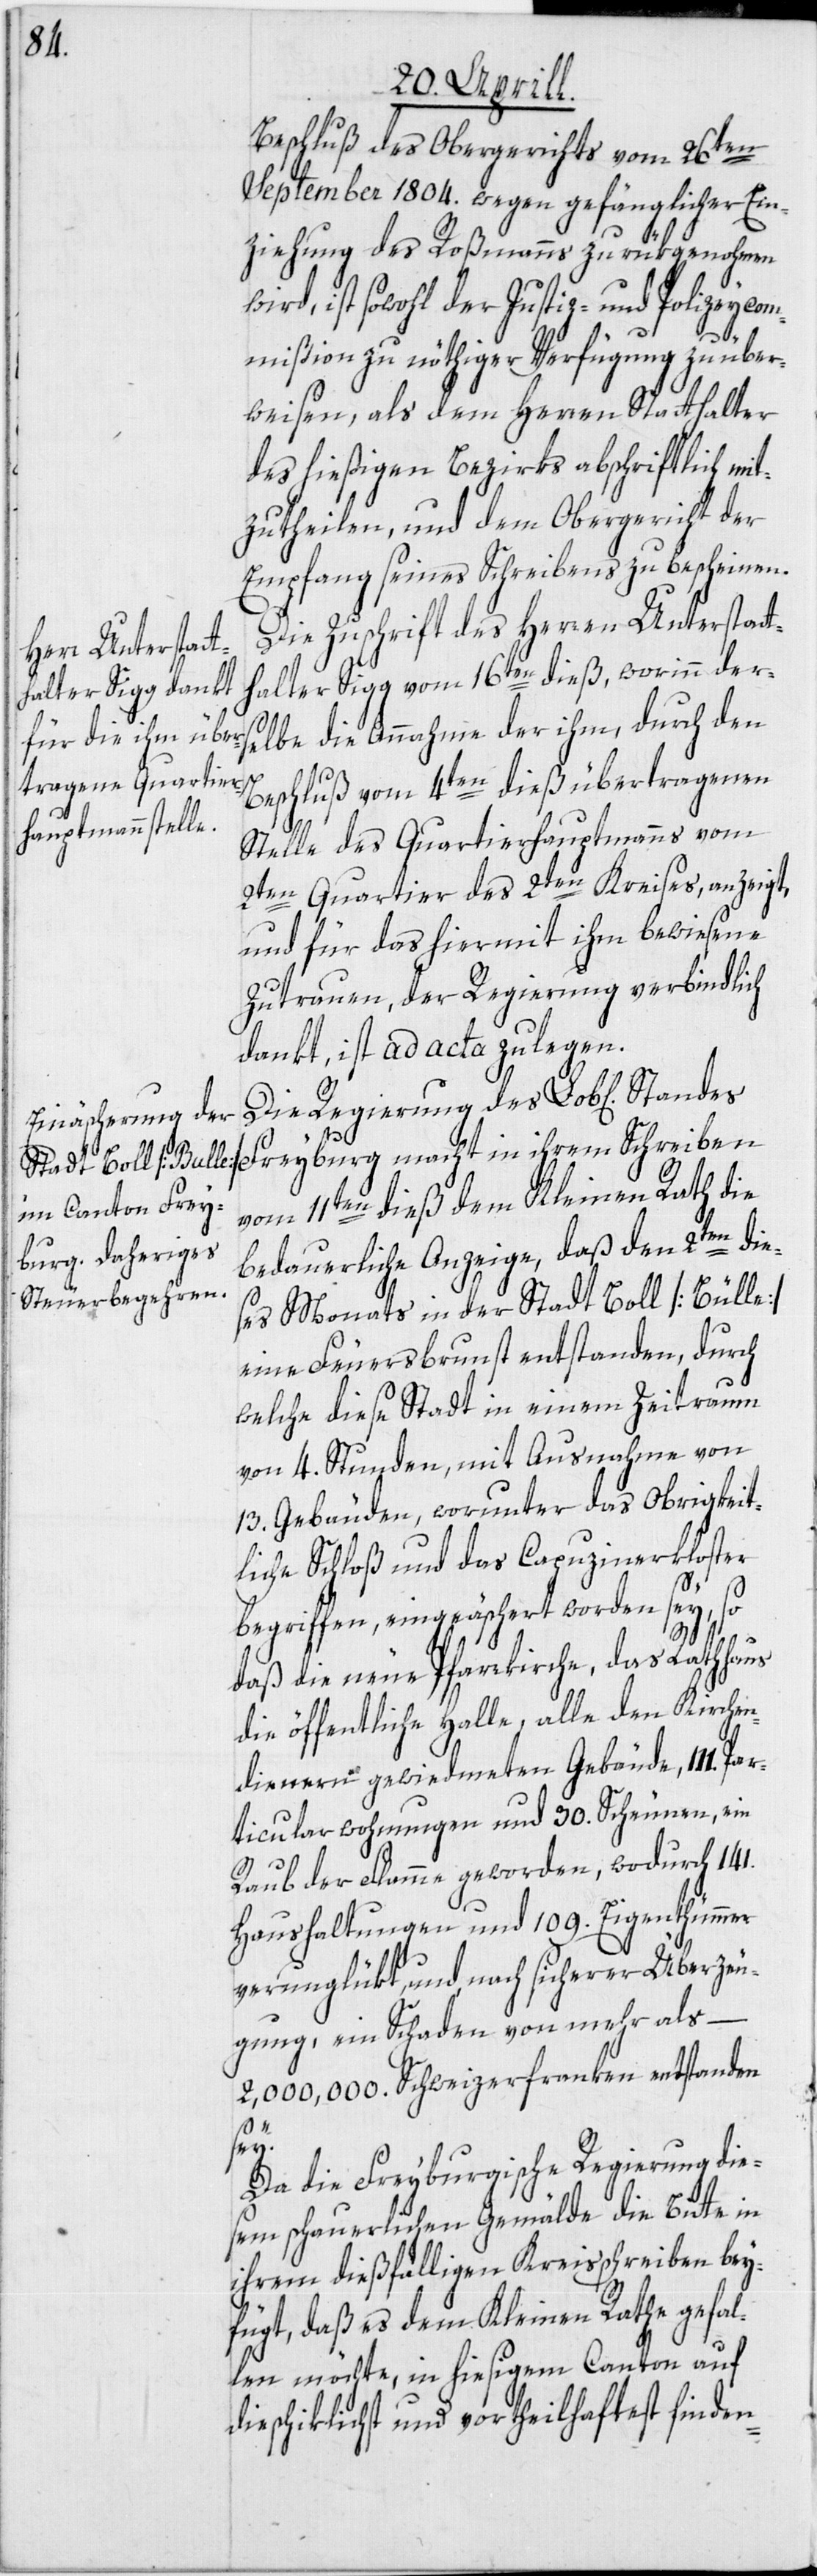
Beschluß des Obergerichts vom 26ten
September 1804. wegen gefänglicher Ein¬
ziehung des Roßmanns zurükgenohmen
wird, ist sowohl der Justiz- und Polizeycom¬
mißion zu nöthiger Verfügung zu über¬
weisen, als dem Herren Statthalter
des hießigen Bezirks abschriftlich mit¬
zutheilen, und dem Obergericht der
Empfang seines Schreibens zu bescheinen.
Die Zuschrift des Herren Unterstatt¬
halter Sigg vom 16ten dieß, worinn der¬
selbe die Annahme der ihm, durch den
Beschluß vom 4ten dieß übertragenen
Stelle des Quartierhauptmanns vom
2ten Quartier des 2ten Kreises, anzeigt,
und für das hiermit ihm bewiesene
Zutrauen, der Regierung verbindlich
dankt, ist ad acta zu legen.
Die Regierung des Lob[lichen]
Freyburg macht in ihrem Schreiben
vom 11ten dieß dem Kleinen Rath die
bedauerliche Anzeige, daß den 2ten die¬
ses Monats in der Stadt Boll [Bulle]
ein Feuersbrunst entstanden, durch
welche diese Stadt in einem Zeitraum
von 4. Stunden, mit Ausnahme von
13. Gebäuden, worunter das obrigkeit¬
liche Schloß und das Capuzinerkloster
begriffen, eingeäschert worden sey, so
daß die neue Pfarrkirche, das Rathhaus,
die öffentliche Halle, alle den Kirchen¬
dienern gewiedmeten Gebäude, 111.
ticularwohnungen und 30. Scheunen, ein
Raub der Flamme geworden, wodurch 141.
Haushaltungen und 109. Eigenthümmer
verunglükt, und nach sicherer Überzeu¬
gung, ein Schaden von mehr als –
2,000,000. Schweizerfranken entstanden
sey.
Da die Freyburgische Regierung die¬
sem schauerlichen Gemälde die Bitte in
ihrem dießfälligen Kreisschreiben bey¬
fügt, daß es dem Kleinen Rathe gefal¬
len möchte, in hiesigem Canton auf
die schiklichst und vortheilhaftest finden-